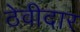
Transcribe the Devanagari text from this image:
ठेवीदार